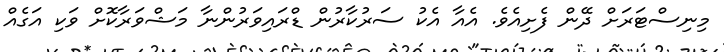
މިނިސްޓަރަށް ދޭން ފެށިއެވެ. އެއާ އެކު ސަރުކާރުން ޑްރައިވަރުންނާ މަޝްވަރާކޮށް ވަކި އަގެއް